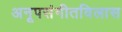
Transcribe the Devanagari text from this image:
अनूपसंगीतविलास